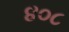
૪૦૮